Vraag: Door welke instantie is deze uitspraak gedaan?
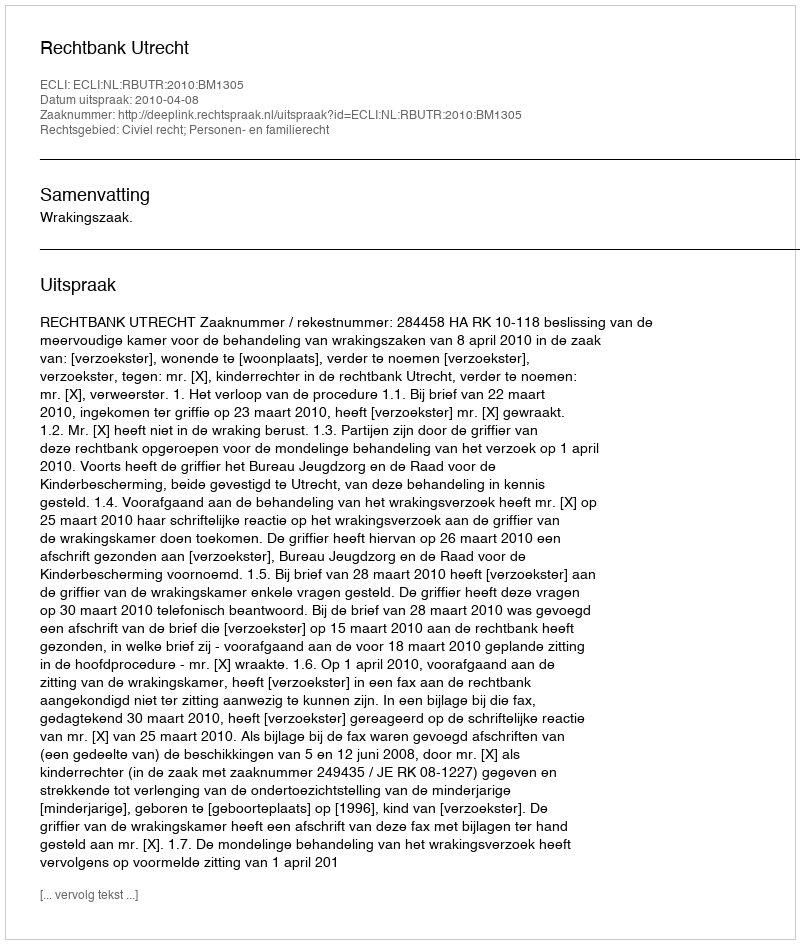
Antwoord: Rechtbank Utrecht